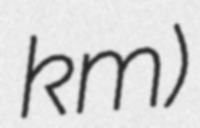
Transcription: km)